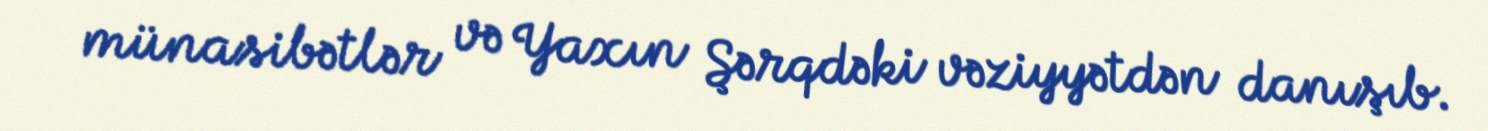
münasibətlər və Yaxın Şərqdəki vəziyyətdən danışıb.